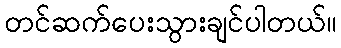
တင်ဆက်ပေးသွားချင်ပါတယ်။